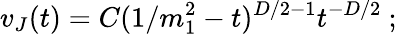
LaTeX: v_{J}(t)=C(1/m_{1}^{2}-t)^{D/2-1}t^{-D/2}\ ;